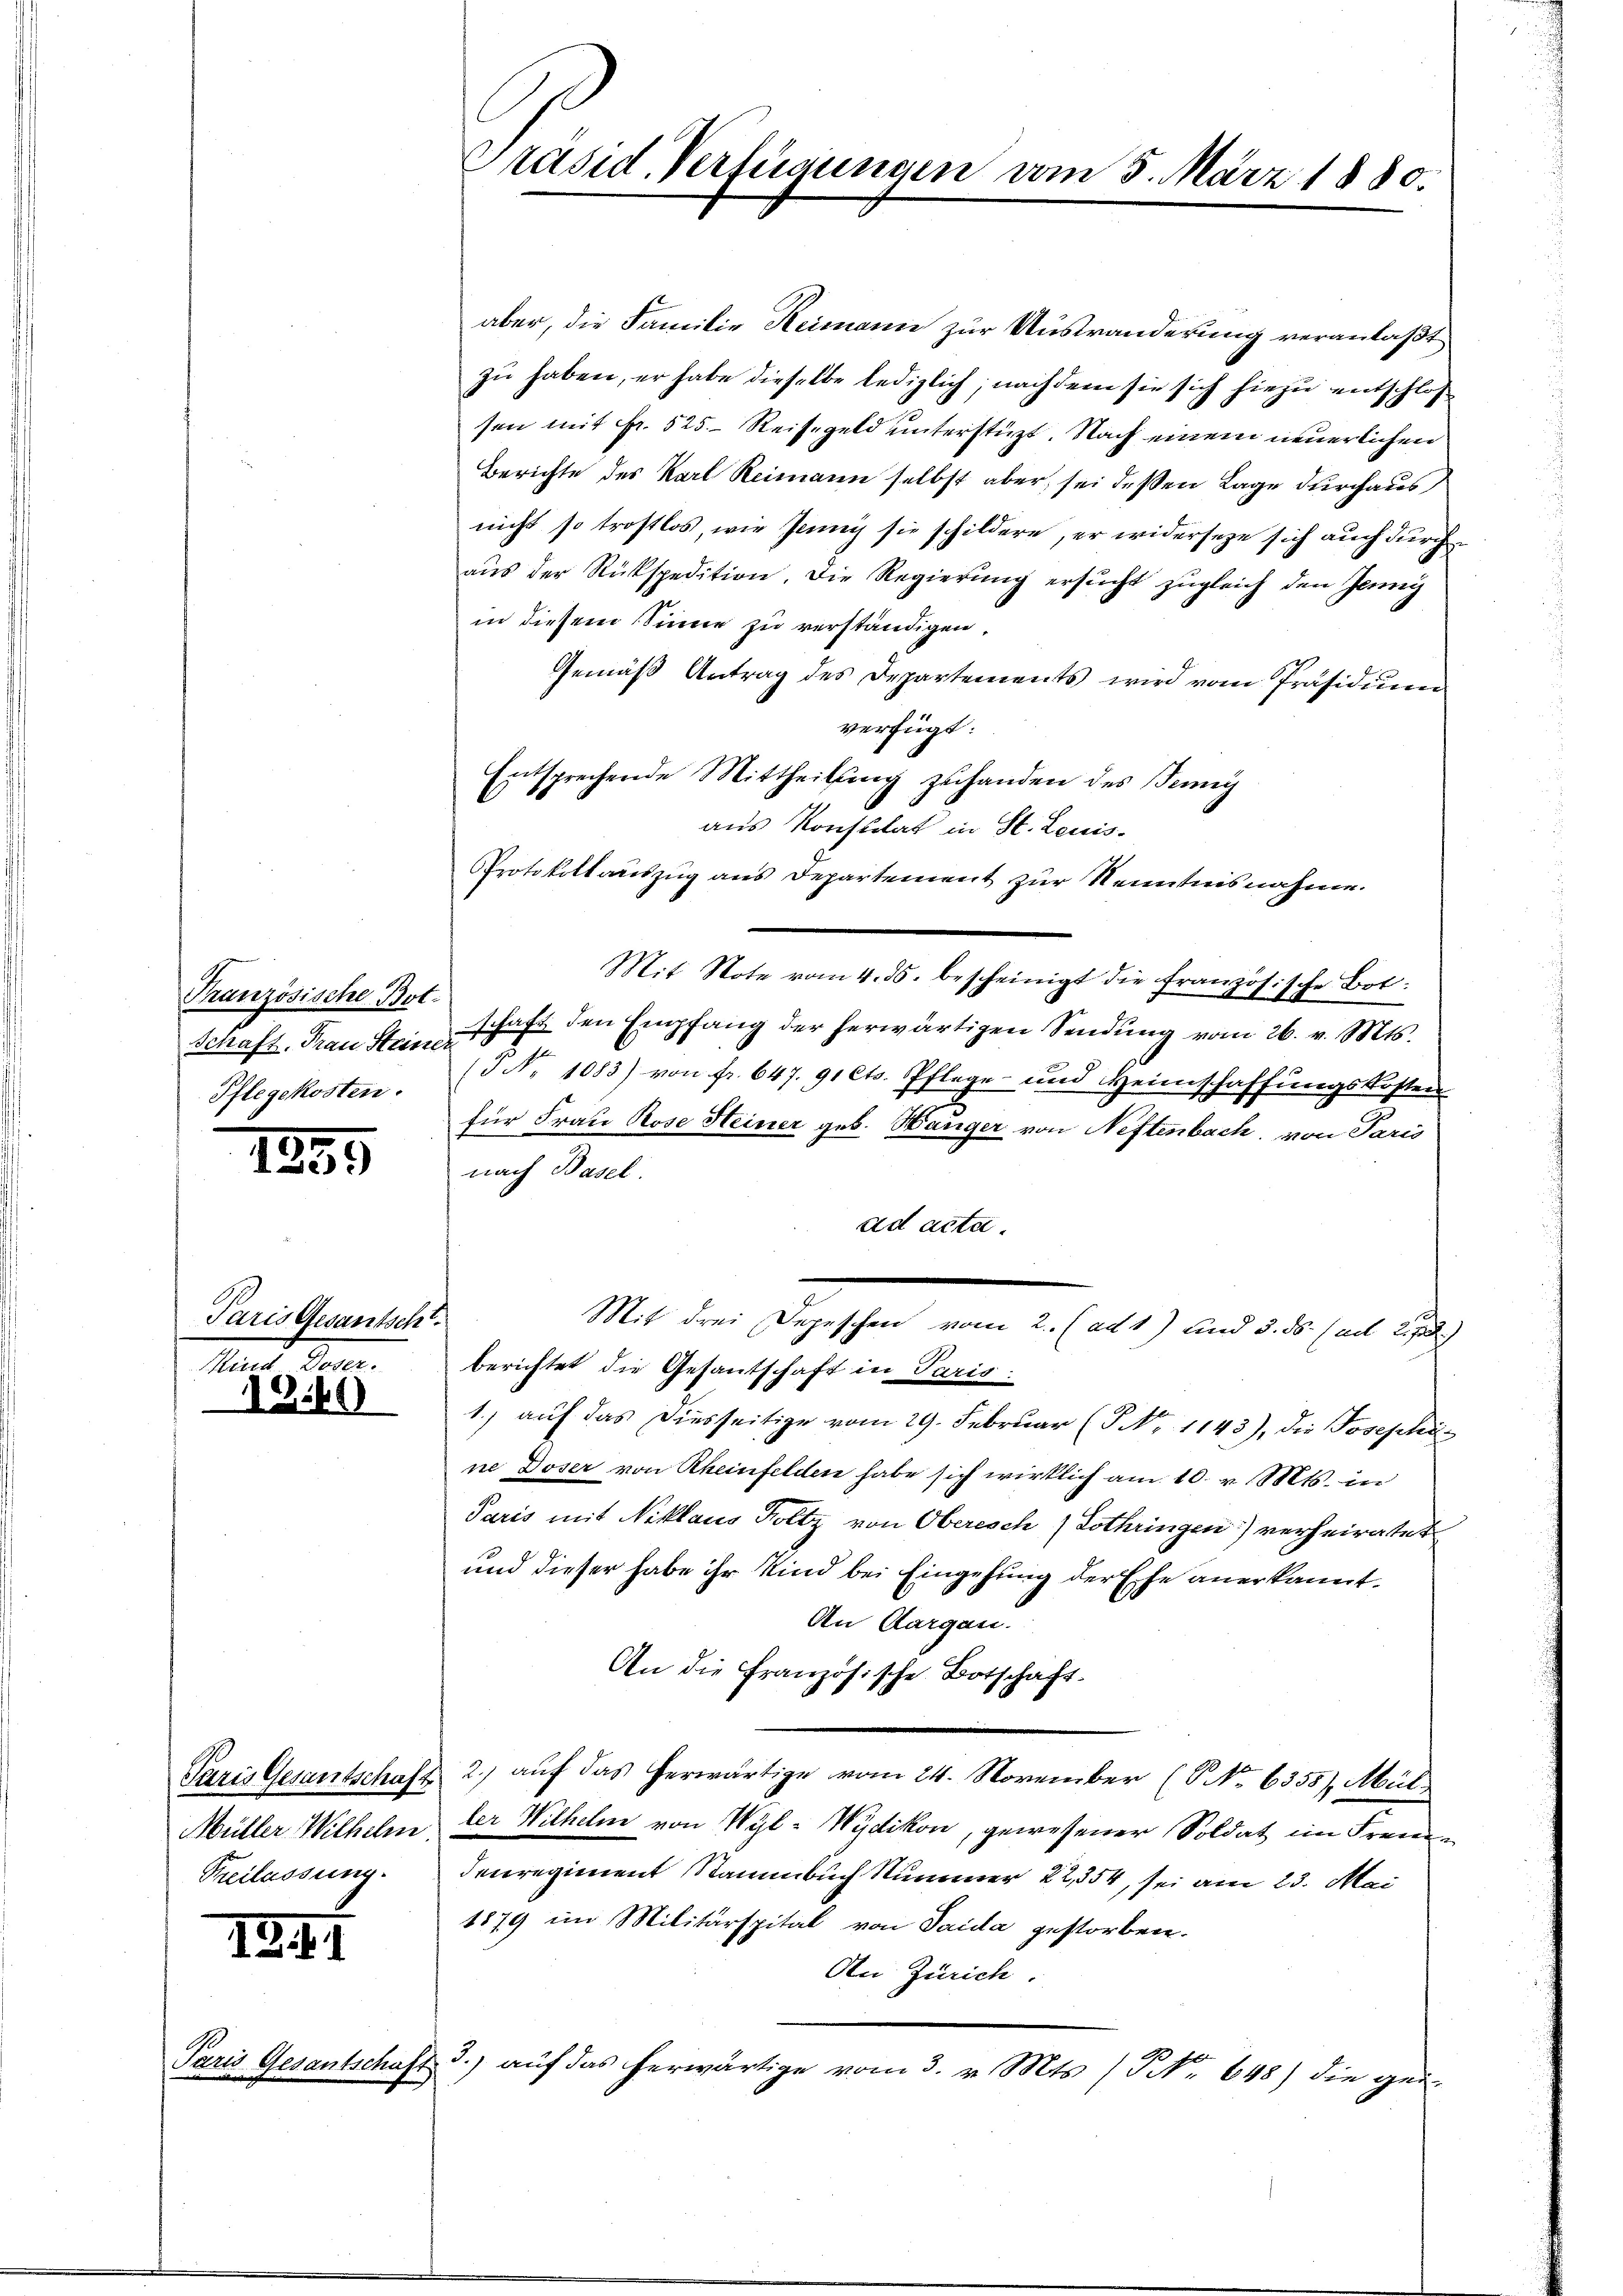
Französische Bot-
Schaft, Frau Steiner
Pflegekosten.

1895

Paris Gesantscht
Mund 800.

1240

Freilassung.

121.

aber, die Familie Reimann zur Ausränderung veranlaßt
zu haben, er habe dieselbe lediglich, nachdem sie sich hiezu entschlos
sen mit Fr. 525. Reisegeld unterstüzt. Nach einem neuerlichen
Berichte des Karl Reimann selbst aber, sei deßen Lage durchaus
nicht so trostlos, wie Jenny sie schildere, er widerseze sich auch durch
aŭs der Rückspedition. Die Regierung ersŭcht zugleich den Jenny
in diesem Sinne zu verständigen.
Gemäß Antrag des Departements wird vom Präsidiŭm
verfügt:
Entsprechende Mittheilŭng zuhanden des Jennig
aus Konstitat in St. Louis-
Protokollaŭszŭg ans Departement zur Kenntnisnahme.
Mit Note vom 4. ds. bescheinigt die französische Bot:
schaft den Empfang der herwärtigen Sendung vom 26. v. Mts.
2
5 No 1083) von fr. 647. 91 Cts. Pflege und Heimschaffŭngskosten
für Frau Rose Heiner geb. Hänger von Neftenbach, von Paris
nach Basel.
ad acta.
M. den Beziehen u. alt, aus des halt auch
berichtet die Gesantschaft in Paris.
1.) auf das Diesseitige vom 29. Februar (7 No 1143), die Josephis
ne Doser von Rheinfelden habe sich wirklich am 10. v. Mts. in
Paris mit Niklaus Holtz von Oberisch (Lothringen) verheiratet
und dieser habe ihr Kind bei Eingehung der Ehe anerkannt.
An Aargau.
An die Französische Botschaft.
Paris Gesantschaft 2.) auf das herwärtige vom 24. November (NNNo. 6355), Mül¬
Müller Wilhelm der Wilhelm von Wyl-Wydikon, gewesener Soldat im Freuddenregiment Stammbuch Nummer 22, 354, sei am 23. Mai
1879 im Militärspital von Saida gestorben.
An Zürich.
Paris Gesantschaft 3.) auf das herwärtige vom 3. v. Mts. (T. 648) die gei-

Präsid. Verfügungen vom 5. März 1880.